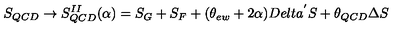
S _ { Q C D } \rightarrow S _ { Q C D } ^ { I I } ( \alpha ) = S _ { G } + S _ { F } + ( \theta _ { e w } + 2 \alpha ) D e l t a ^ { ' } S + \theta _ { Q C D } \Delta S